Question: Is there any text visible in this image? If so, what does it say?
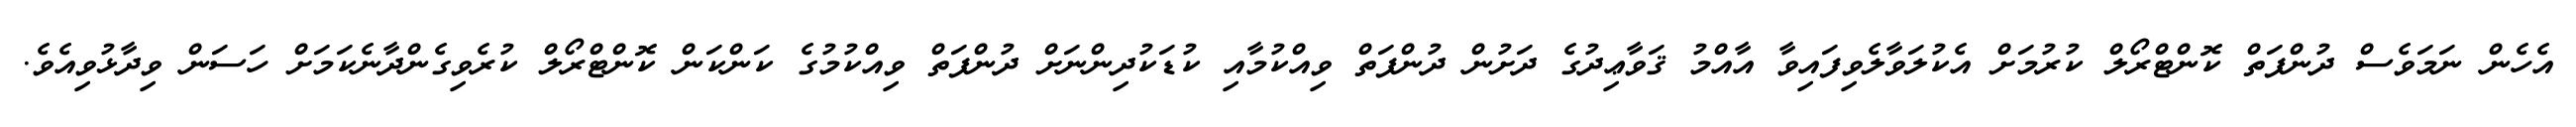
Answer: އެހެން ނަމަވެސް ދުންފަތް ކޮންޓްރޯލް ކުރުމަށް އެކުލަވާލެވިފައިވާ އާއްމު ޤަވާޢިދުގެ ދަށުން ދުންފަތް ވިއްކުމާއި ކުޑަކުދިންނަށް ދުންފަތް ވިއްކުމުގެ ކަންކަން ކޮންޓްރޯލް ކުރެވިގެންދާނެކަމަށް ހަސަން ވިދާޅުވިއެވެ.